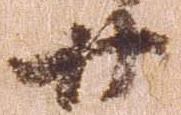
廿